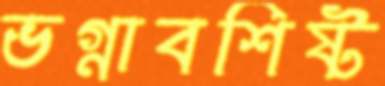
ভগ্নাবশিষ্ট